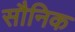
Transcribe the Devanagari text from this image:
सौनिक